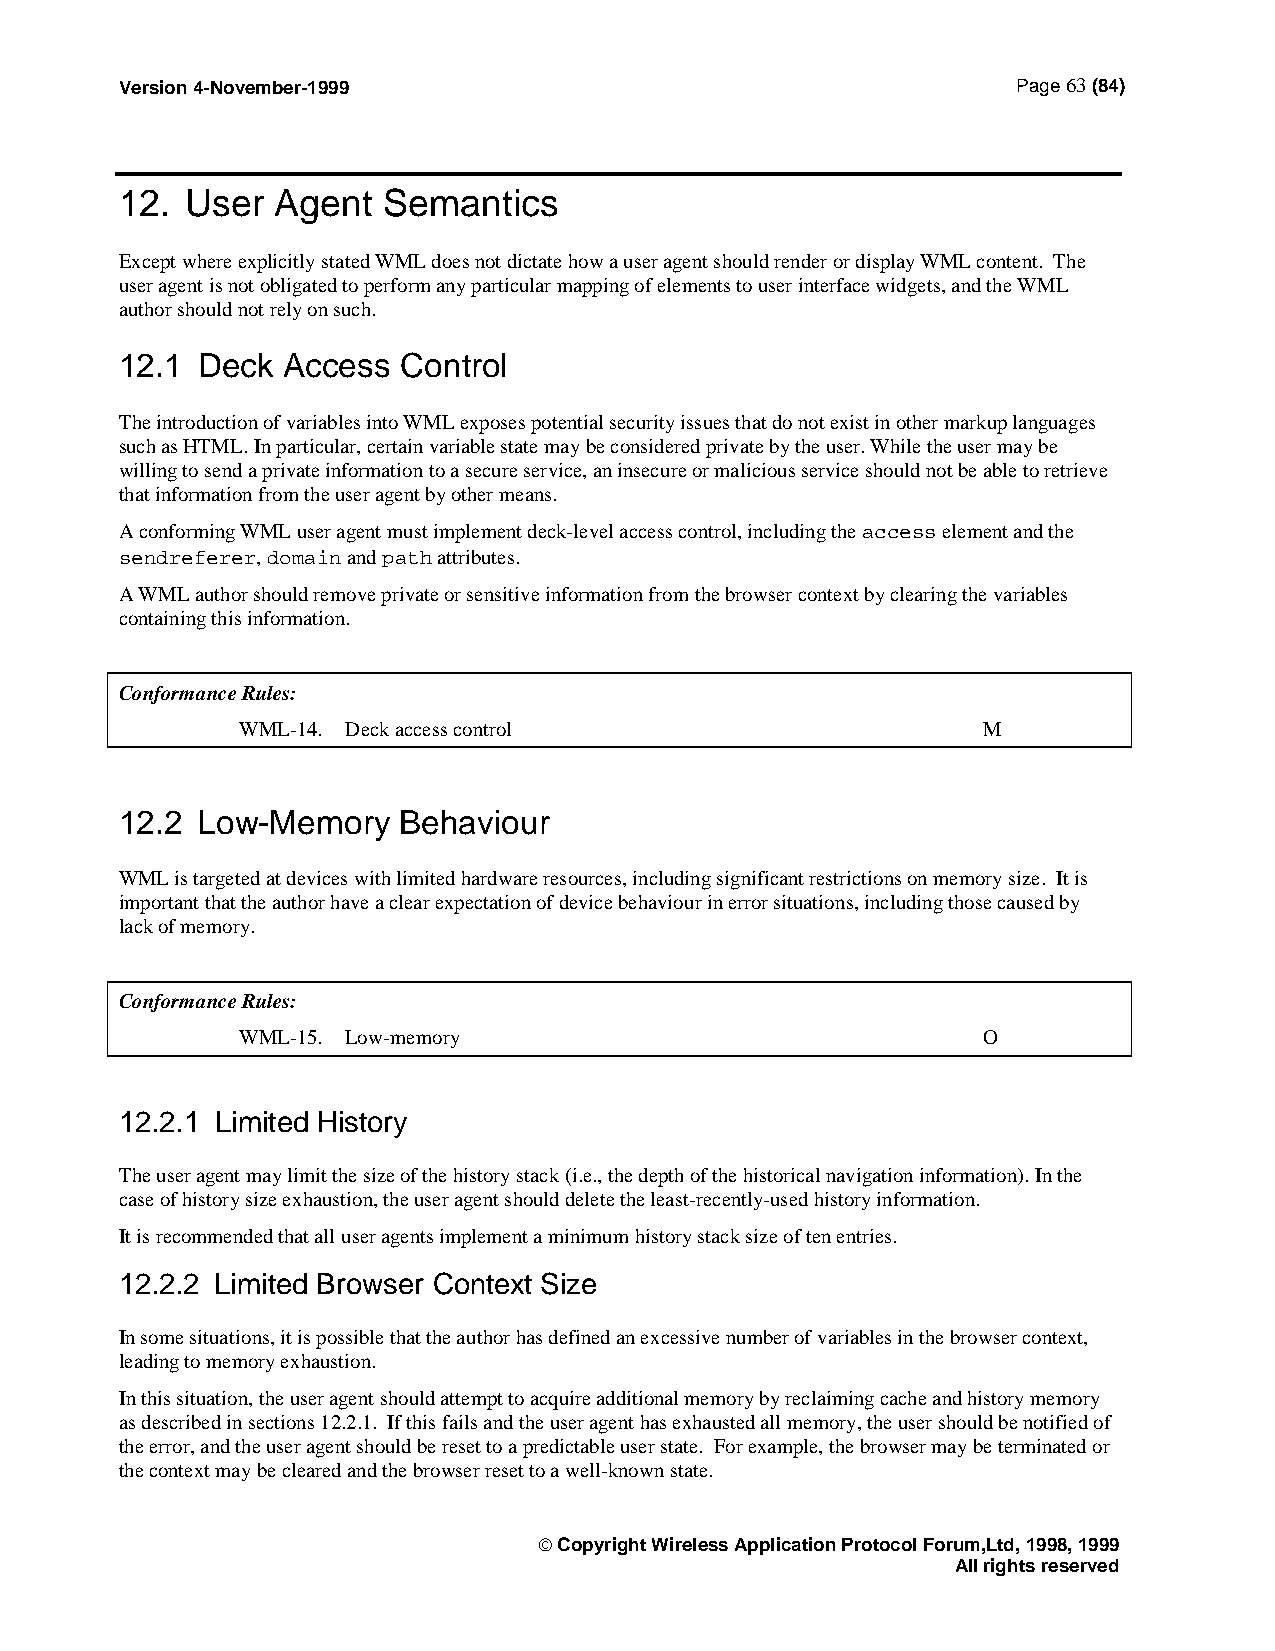
Version 4-November-1999                                    Page 63 (84)
 12. User  Agent  Semantics
 Except where explicitly stated WML does not dictate how a user agent should render or display WML content. The
 user agent is not obligated to perform any particular mapping of elements to user interface widgets, and the WML
 author should not rely on such.
 12.1 Deck  Access  Control
 The introduction of variables into WML exposes potential security issues that do not exist in other markup languages
 such as HTML. In particular, certain variable state may be considered private by the user. While the user may be
 willing to send a private information to a secure service, an insecure or malicious service should not be able to retrieve
 that information from the user agent by other means.
 A conforming WML user agent must implement deck-level access control, including the access element and the
 sendreferer, domain and path attributes.
 A WML author should remove private or sensitive information from the browser context by clearing the variables
 containing this information.
 Conformance Rules:
 WML-14. Deck access control                      M
 12.2 Low-Memory   Behaviour
 WML is targeted at devices with limited hardware resources, including significant restrictions on memory size. It is
 important that the author have a clear expectation of device behaviour in error situations, including those caused by
 lack of memory.
 Conformance Rules:
 WML-15. Low-memory                               O
 12.2.1 Limited History
 The user agent may limit the size of the history stack (i.e., the depth of the historical navigation information). In the
 case of history size exhaustion, the user agent should delete the least-recently-used history information.
 It is recommended that all user agents implement a minimum history stack size of ten entries.
 12.2.2 Limited Browser Context Size
 In some situations, it is possible that the author has defined an excessive number of variables in the browser context,
 leading to memory exhaustion.
 In this situation, the user agent should attempt to acquire additional memory by reclaiming cache and history memory
 as described in sections 12.2.1. If this fails and the user agent has exhausted all memory, the user should be notified of
 the error, and the user agent should be reset to a predictable user state. For example, the browser may be terminated or
 the context may be cleared and the browser reset to a well-known state.
  Copyright Wireless Application Protocol Forum,Ltd, 1998, 1999
 All rights reserved